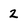
Character: 2